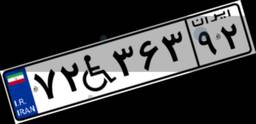
۷۲W۳۶۳۹۲